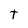
Character: t